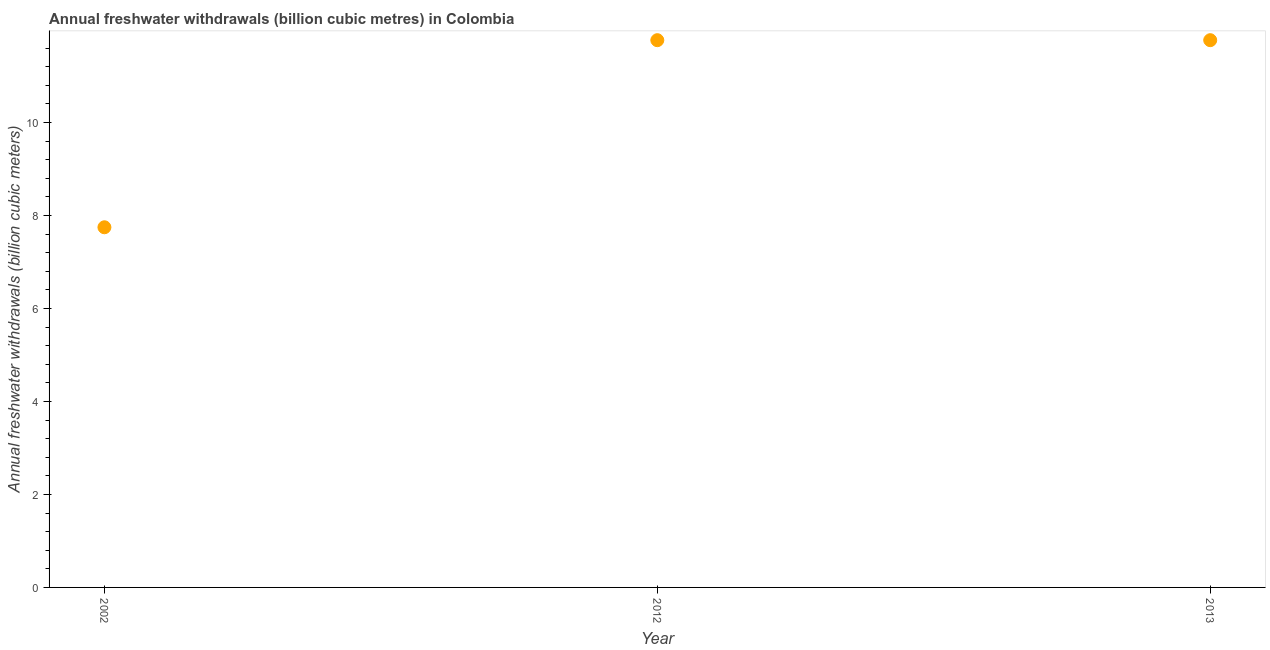
| Year | Annual freshwater withdrawals |
 | --- | --- |
 | 2002 | 7.75 |
 | 2012 | 11.8 |
 | 2013 | 11.8 |